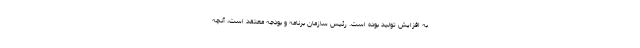
به افزایش تولید بوده است. رئیس سازمان برنامه و بودجه معتقد است، آنچه